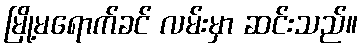
မြို့မရောက်ခင် လမ်းမှာ ဆင်းသည်။